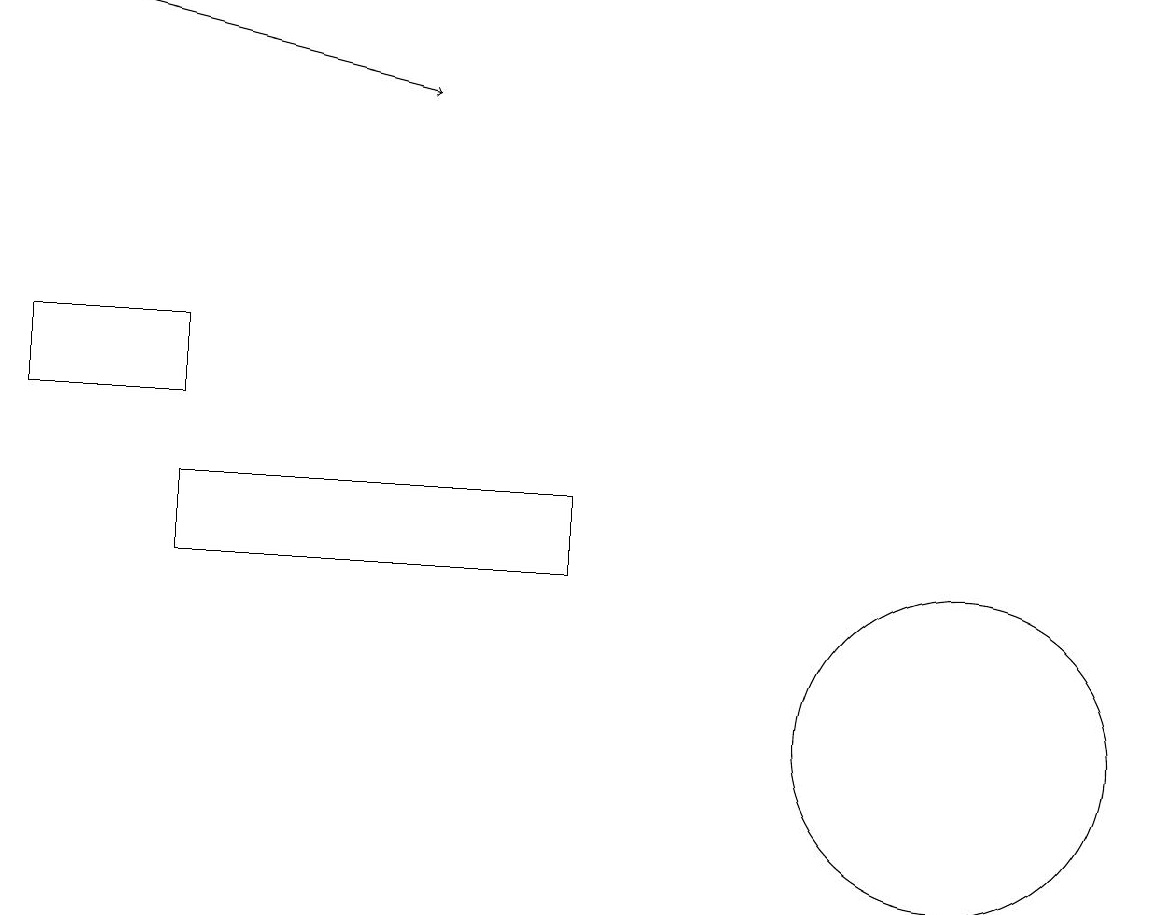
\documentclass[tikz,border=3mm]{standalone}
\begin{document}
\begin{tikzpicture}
\draw (2,12) rectangle (7,13);
\draw (12,10) circle (2);
\draw[->] (1,19) -- (5,18);
\draw (0,14) rectangle (2,15);
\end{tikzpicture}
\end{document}